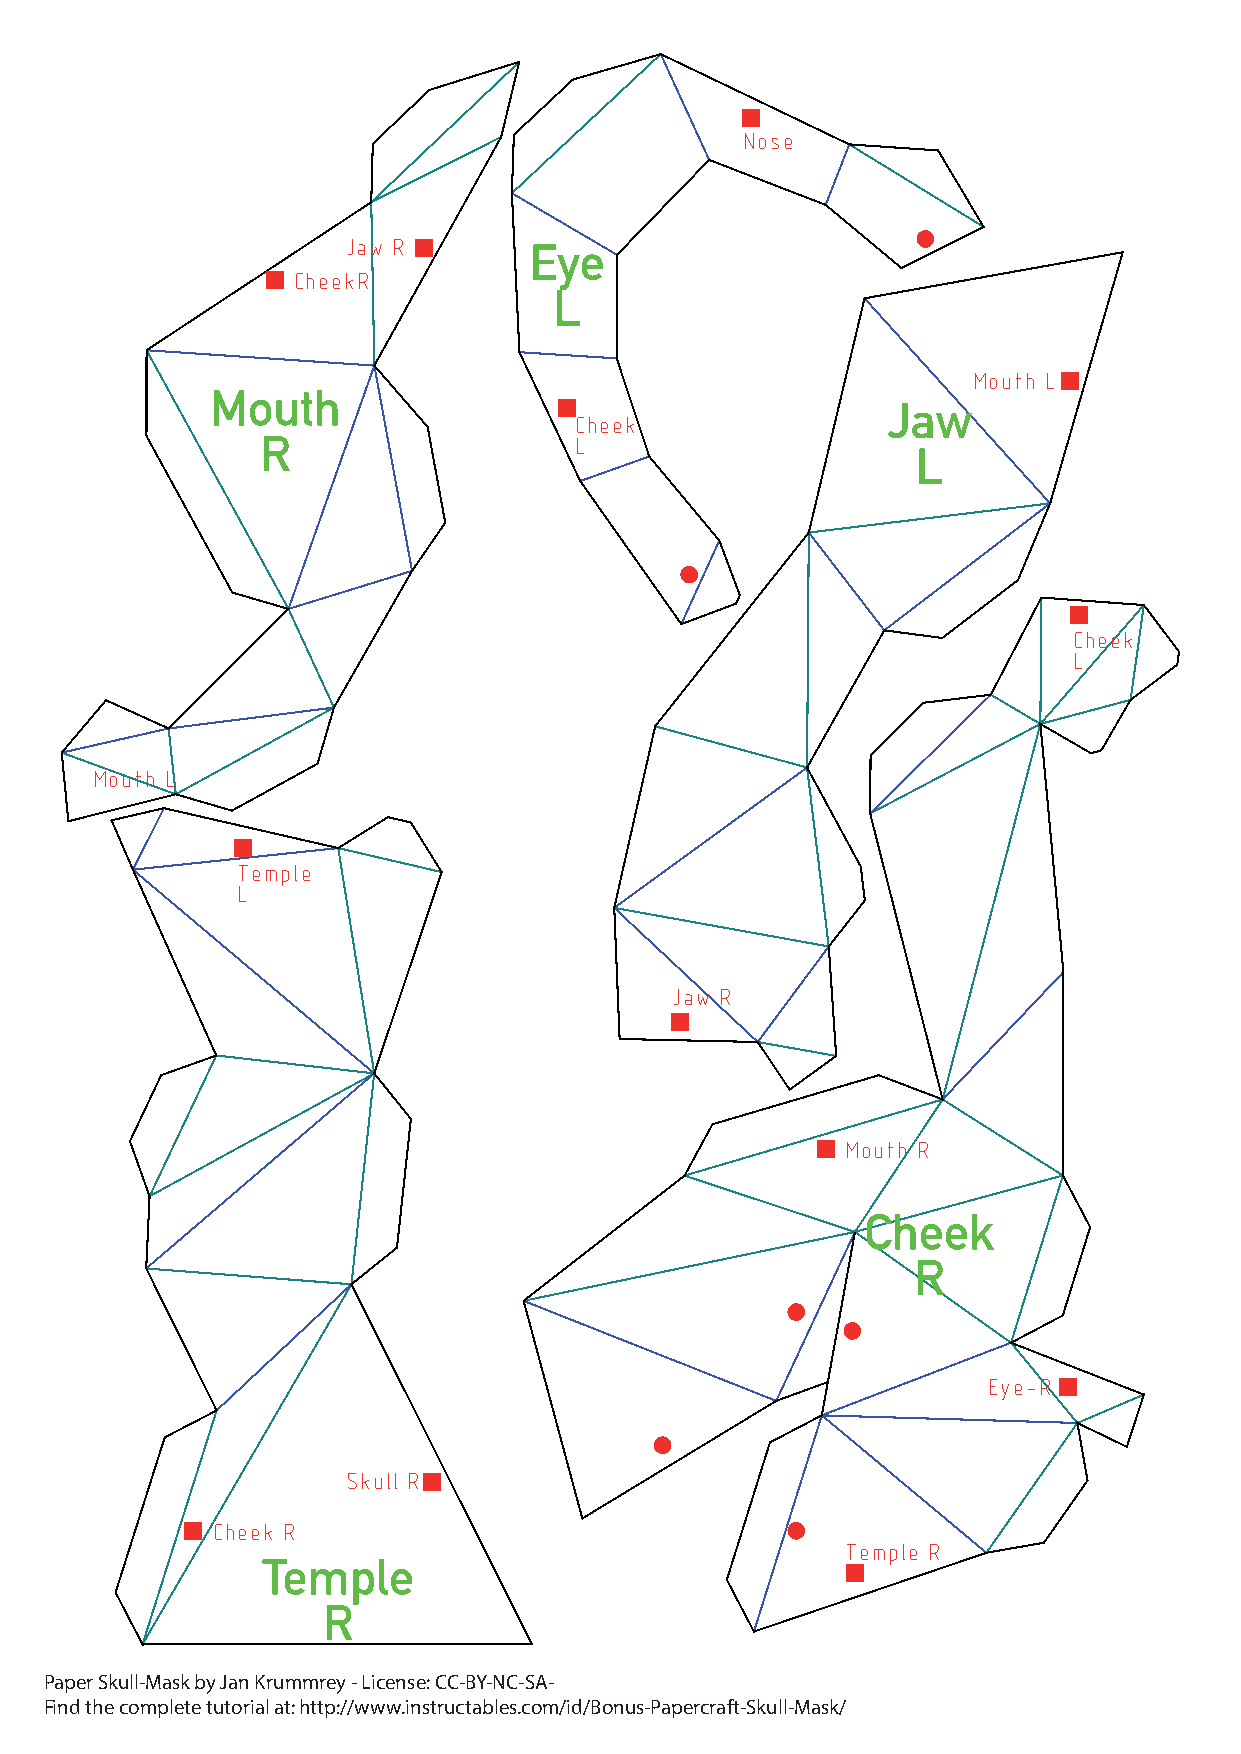
Nose
 Jaw R       Eye
 CheekR
 L
 Mouth L
 Mouth
 Jaw
 Cheek
 R                    L
 L
 Cheek
 L
 Mouth L
 Temple
 L
 Jaw R
 Mouth R
 Cheek
 R
 Eye-R
 Skull R
 Cheek R
 Temple R
 Temple
 R
 Paper Skull-Mask by Jan Krummrey - License: CC-BY-NC-SA-
 Find the complete tutorial at: http://www.instructables.com/id/Bonus-Papercraft-Skull-Mask/